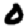
Digit: 0